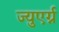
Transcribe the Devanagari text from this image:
ज्युएर्ग्न